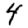
Digit: 4